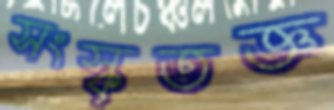
সংস্কৃতজ্ঞ